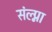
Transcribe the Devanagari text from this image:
संल्प्ना